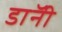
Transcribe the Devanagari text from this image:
डाॅनी